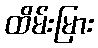
ထိမ်းမြား